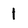
Character: 1